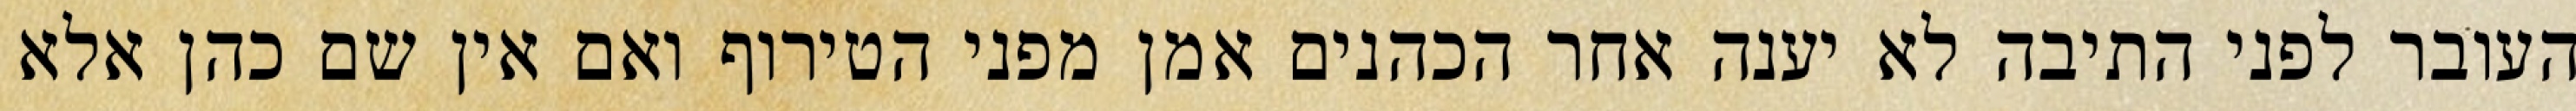
העובר לפני התיבה לא יענה אחר הכהנים אמן מפני הטירוף ואם אין שם כהן אלא